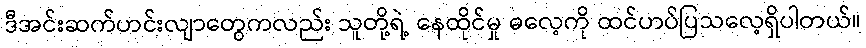
ဒီအင်းဆက်ဟင်းလျာတွေကလည်း သူတို့ရဲ့ နေထိုင်မှု ဓလေ့ကို ထင်ဟပ်ပြသလေ့ရှိပါတယ်။